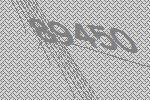
89450